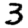
Digit: 3